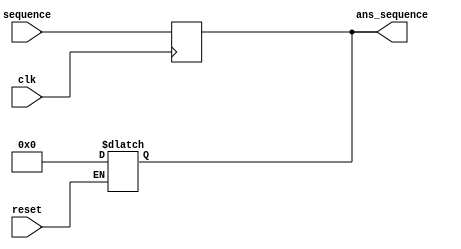
module PIPO (
    ans_sequence,sequence,clk,reset
);
    input [31:0] sequence;
    input clk;
    input reset;
    output reg [31:0] ans_sequence;

    always @(reset) begin
        if(!reset)
        begin
         ans_sequence = 32'b0;   
        end
    end
        always @(posedge clk) begin
            ans_sequence [31:0] <= sequence[31:0];
        end
    
endmodule